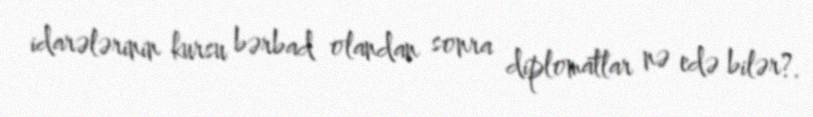
idarələrinin kursu bərbad olandan sonra diplomatlar nə edə bilər?.